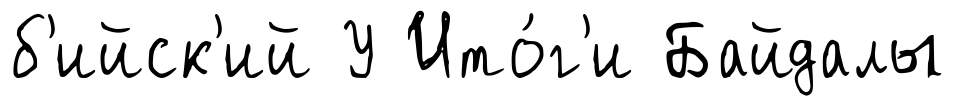
б'ийск'ий У Ито́г'и Байдалы